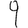
Digit: 9